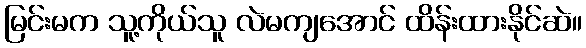
မြင်းမက သူ့ကိုယ်သူ လဲမကျအောင် ထိန်းထားနိုင်ဆဲ။